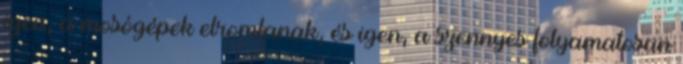
igen, a mosógépek elromlanak, és igen, a szennyes folyamatosan